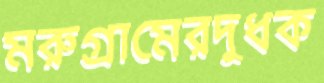
মরুগ্রামেরদুধক